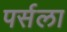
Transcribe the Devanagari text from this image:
पर्सला